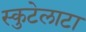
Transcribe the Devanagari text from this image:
स्कुटेलाटा